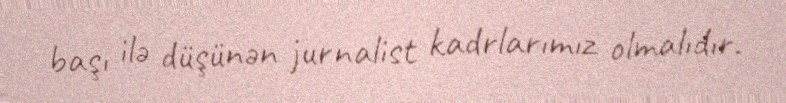
başı ilə düşünən jurnalist kadrlarımız olmalıdır.